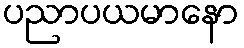
ပညာပယမာနော